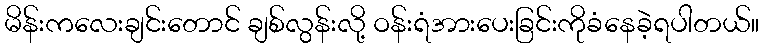
မိန်းကလေးချင်းတောင် ချစ်လွန်းလို့ ဝန်းရံအားပေးခြင်းကိုခံနေခဲ့ရပါတယ်။